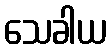
သေခါယ